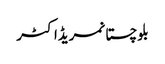
بلوچستانمریڈاکٹر